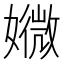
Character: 㜫